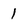
Character: 1